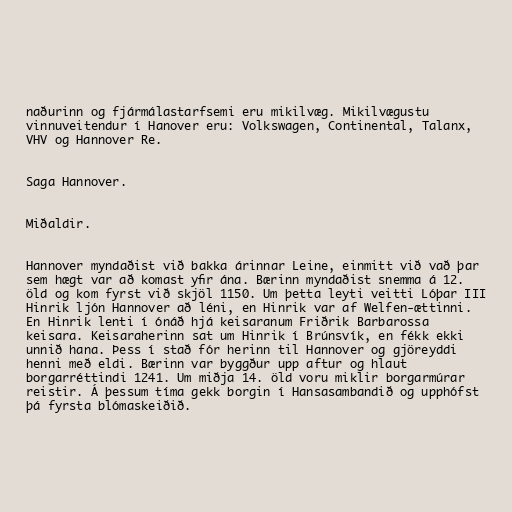
naðurinn og fjármálastarfsemi eru mikilvæg. Mikilvægustu
vinnuveitendur í Hanover eru: Volkswagen, Continental, Talanx,
VHV og Hannover Re.

Saga Hannover.

Miðaldir.

Hannover myndaðist við bakka árinnar Leine, einmitt við vað þar
sem hægt var að komast yfir ána. Bærinn myndaðist snemma á 12.
öld og kom fyrst við skjöl 1150. Um þetta leyti veitti Lóþar III
Hinrik ljón Hannover að léni, en Hinrik var af Welfen-ættinni.
En Hinrik lenti í ónáð hjá keisaranum Friðrik Barbarossa
keisara. Keisaraherinn sat um Hinrik í Brúnsvík, en fékk ekki
unnið hana. Þess í stað fór herinn til Hannover og gjöreyddi
henni með eldi. Bærinn var byggður upp aftur og hlaut
borgarréttindi 1241. Um miðja 14. öld voru miklir borgarmúrar
reistir. Á þessum tíma gekk borgin í Hansasambandið og upphófst
þá fyrsta blómaskeiðið.